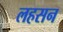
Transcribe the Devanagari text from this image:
लहसन